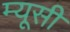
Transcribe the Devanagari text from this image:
म्यूसी